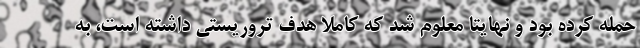
حمله کرده بود و نهایتا معلوم شد که کاملا هدف تروریستی داشته است، به